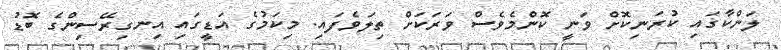
ލަންކާގައި ކުރަނިކޮށް ވަނީ ކޮންމެވެސް ވަރަކަށް ތިލަވެފައި. މިކަމުގެ އަޑީގައި އިނގިރޭސިންގެ ބޮޑު